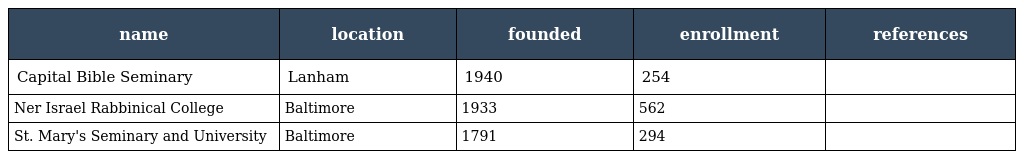
| name | location | founded | enrollment | references |
 | --- | --- | --- | --- | --- |
 | Capital Bible Seminary | Lanham | 1940 | 254 |  |
 | Ner Israel Rabbinical College | Baltimore | 1933 | 562 |  |
 | St. Mary's Seminary and University | Baltimore | 1791 | 294 |  |